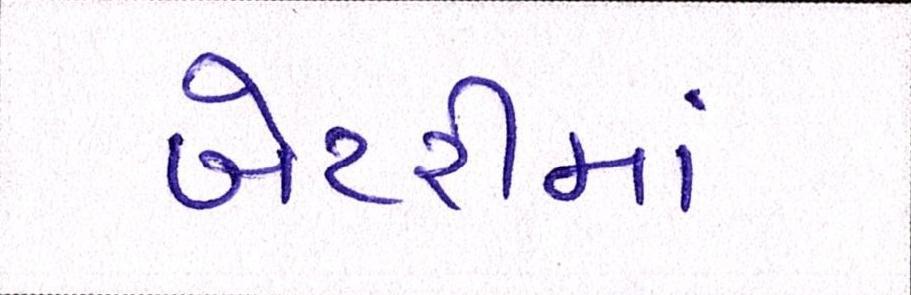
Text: બેટરીમાં